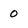
Character: 0